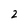
Character: 2